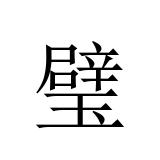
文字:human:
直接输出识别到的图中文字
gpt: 璧